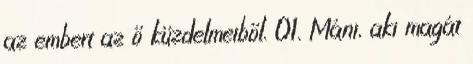
az embert az ő küzdelmeiből. 01. Máni, aki magát